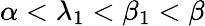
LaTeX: \alpha<\lambda_{1}<\beta_{1}<\beta